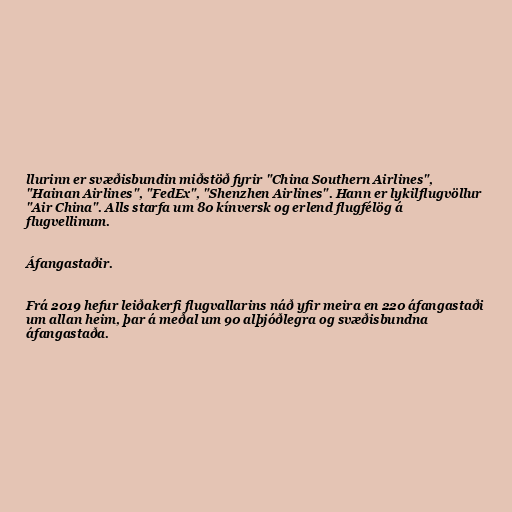
llurinn er svæðisbundin miðstöð fyrir "China Southern Airlines",
"Hainan Airlines", "FedEx", "Shenzhen Airlines". Hann er lykilflugvöllur
"Air China". Alls starfa um 80 kínversk og erlend flugfélög á
flugvellinum.

Áfangastaðir.

Frá 2019 hefur leiðakerfi flugvallarins náð yfir meira en 220 áfangastaði
um allan heim, þar á meðal um 90 alþjóðlegra og svæðisbundna
áfangastaða.